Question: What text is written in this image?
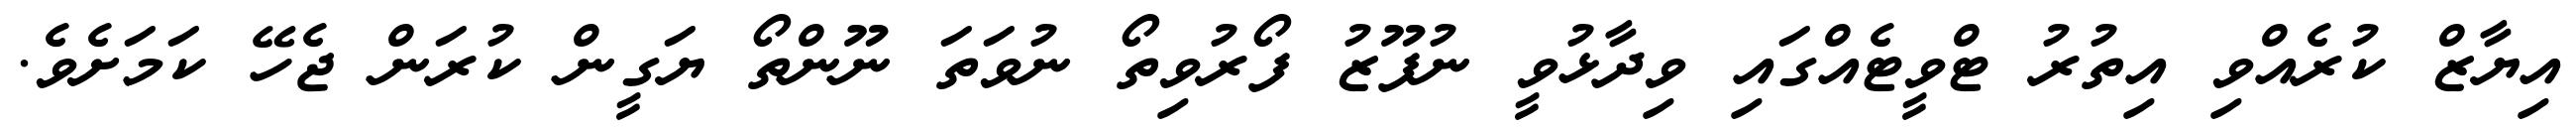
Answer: އިޔާޒް ކުރެއްވި އިތުރު ޓްވީޓެއްގައި ވިދާޅުވީ ނުފޫޒު ފޯރުވިތޯ ނުވަތަ ނޫންތޯ ޔަގީން ކުރަން ޖެހޭ ކަމަށެވެ.